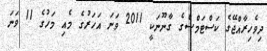
ދިވެހިރާއްޖޭގެ ކަސްޓަމްސްގެ ގާނޫނަކީ 2011 ވަނަ އަހަރުގެ މެއި މަހުގެ 11 ވަނަ